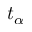
t _ { \alpha }